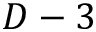
D - 3